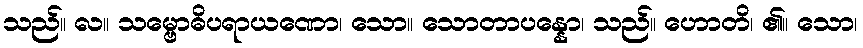
သည်။ လ။ သမ္ဗောဓိပရာယဏော၊ သော။ သောတာပန္နော၊ သည်။ ဟောတိ၊ ၏။ သော၊